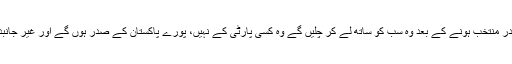
جیساکہ وہ واضح بھی کر چکے ہیں کہ صدر منتخب ہونے کے بعد وہ سب کو ساتھ لے کر چلیں گے وہ کسی پارٹی کے نہیں، پورے پاکستان کے صدر ہوں گے اور غیر جانبدار رہ کر ملک و قوم کی خدمت کریں گے۔